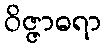
ဝိဇ္ဇာဓရာ